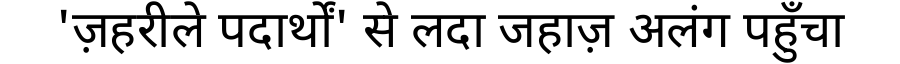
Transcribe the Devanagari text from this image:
'ज़हरीले पदार्थों' से लदा जहाज़ अलंग पहुँचा